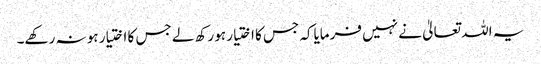
یہ اللہ تعالیٰ نے نہیں فرمایاکہ جس کا اختیار ہو رکھ لے جس کا اختیار ہو نہ رکھے۔